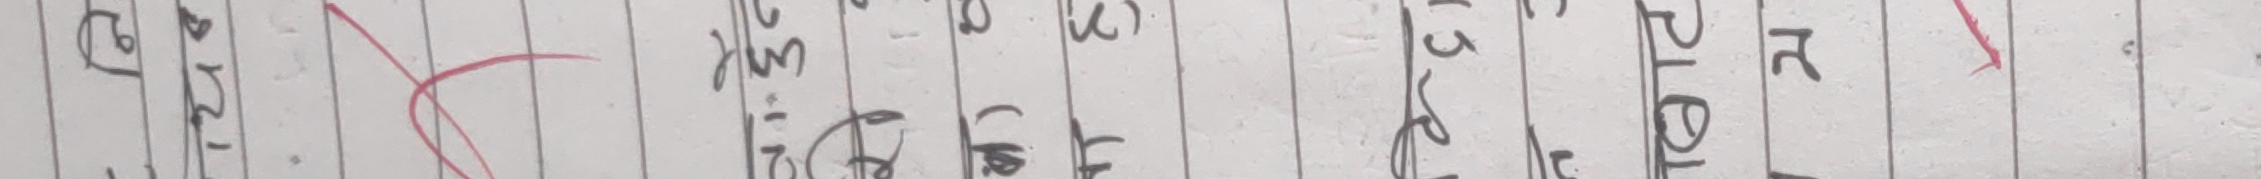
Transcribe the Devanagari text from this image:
ध१२फएसपटरय